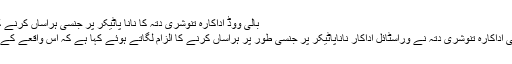
بالی ووڈ اداکارہ تنوشری دتہ کا نانا پاٹیکر پر جنسی ہراساں کرنے کا الزام ‹ Saria News
ممبئی(ساریہ نیوز) بھارتی اداکارہ تنوشری دتہ نے وراسٹائل اداکار ناناپاٹیکر پر جنسی طور پر ہراساں کرنے کا الزام لگاتے ہوئے کہا ہے کہ اس واقعے کے بعد میرا کیرئر تباہ ہوگیا۔